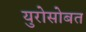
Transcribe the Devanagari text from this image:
युरोसोबत